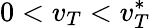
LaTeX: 0<v_{T}<v_{T}^{*}